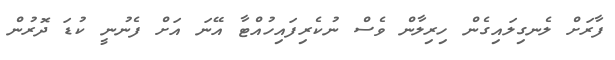
ފާރަށް ލެނގިލައިގެން ހިރިލާން ވެސް ނުކެރިފައިހުއްޓާ އޭނަ އަށް ފެނުނީ ކުޑަ ދޮރުން